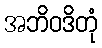
အဘိဝဒိတုံ